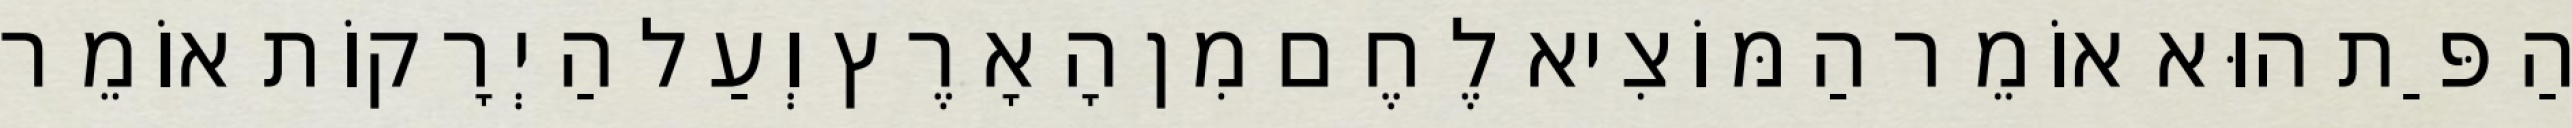
הַפַּת הוּא אוֹמֵר הַמּוֹצִיא לֶחֶם מִן הָאָרֶץ וְעַל הַיְרָקוֹת אוֹמֵר